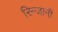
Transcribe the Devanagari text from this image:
रिन्जानी